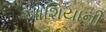
આશિયાની